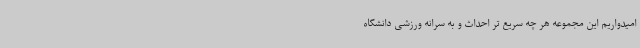
امیدواریم این مجموعه هر چه سریع تر احداث و به سرانه ورزشی دانشگاه